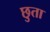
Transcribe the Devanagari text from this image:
छुता